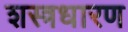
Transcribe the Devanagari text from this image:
शस्त्रधारण